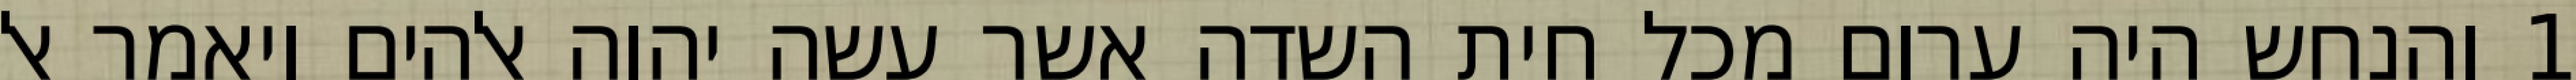
1 והנחש היה ערום מכל חית השדה אשר עשה יהוה אלהים ויאמר אל